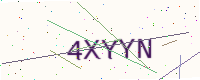
Text: 4XYYN